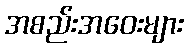
အစည်းအဝေးများ